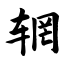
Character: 辋